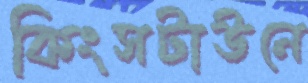
কিংসটাউনে